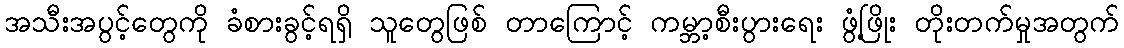
အသီးအပွင့်တွေကို ခံစားခွင့်ရရှိ သူတွေဖြစ် တာကြောင့် ကမ္ဘာ့စီးပွားရေး ဖွံ့ဖြိုး တိုးတက်မှုအတွက်